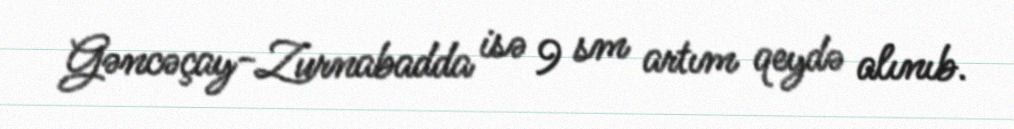
Gəncəçay-Zurnabadda isə 9 sm artım qeydə alınıb.